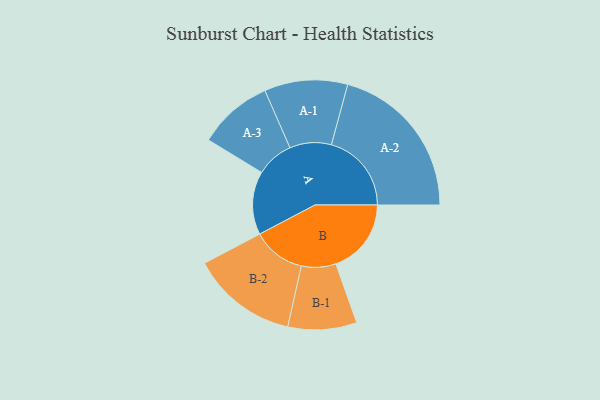
{"axis": {"x": "Segment", "y": "Value"}, "legend": ["", "A", "B"], "data": [{"x": "A", "y": 230, "type": ""}, {"x": "B", "y": 274, "type": ""}, {"x": "A-1", "y": 151, "type": "A"}, {"x": "A-2", "y": 291, "type": "A"}, {"x": "A-3", "y": 136, "type": "A"}, {"x": "B-1", "y": 125, "type": "B"}, {"x": "B-2", "y": 193, "type": "B"}]}